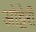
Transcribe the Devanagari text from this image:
ओट्टेरी